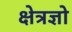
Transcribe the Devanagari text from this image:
क्षेत्रज्ञो